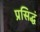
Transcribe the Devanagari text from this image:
प्रसिद्धं